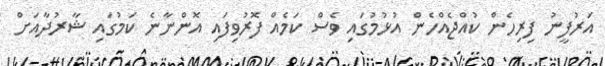
އަރުފީނު ފިރިހެން ކުއްޖެއްހެން އުޅުމުގައި ވެސް ކަމެއް ފޮރުވިފައި އޮންނާނެ ކަމުގައި ޝާރުދާއަށް